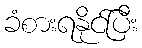
ခံစားရနိုင်ပြီး